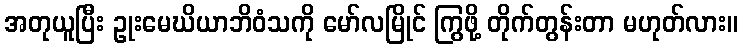
အတုယူပြီး ဥုးမေဃိယာဘိဝံသကို မော်လမြိုင် ကြွဖို့ တိုက်တွန်းတာ မဟုတ်လား။